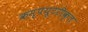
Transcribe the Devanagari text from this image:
कम्‍पयूटरीकृत